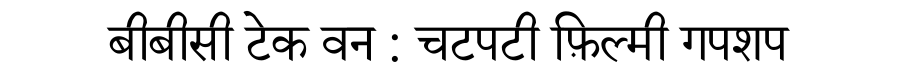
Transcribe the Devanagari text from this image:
बीबीसी टेक वन : चटपटी फ़िल्मी गपशप